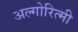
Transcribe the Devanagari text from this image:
अल्गोरित्मी